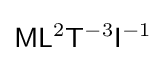
{\mathsf {M}}{\mathsf {L}}^{2}{\mathsf {T}}^{-3}{\mathsf {I}}^{-1}